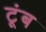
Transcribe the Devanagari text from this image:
टूंब